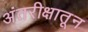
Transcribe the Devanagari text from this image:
अंतरीक्षातून